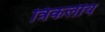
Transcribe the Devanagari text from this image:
त्रिकलीय